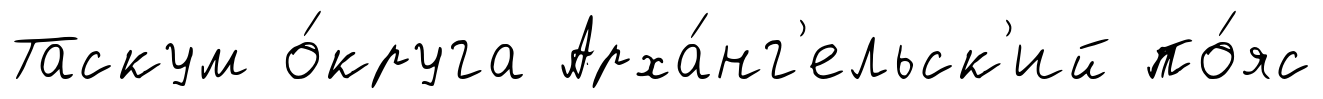
Таскум о́круга Арха́нг'ельск'ий по́яс